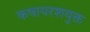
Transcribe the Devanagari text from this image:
कषायरशयुक्त